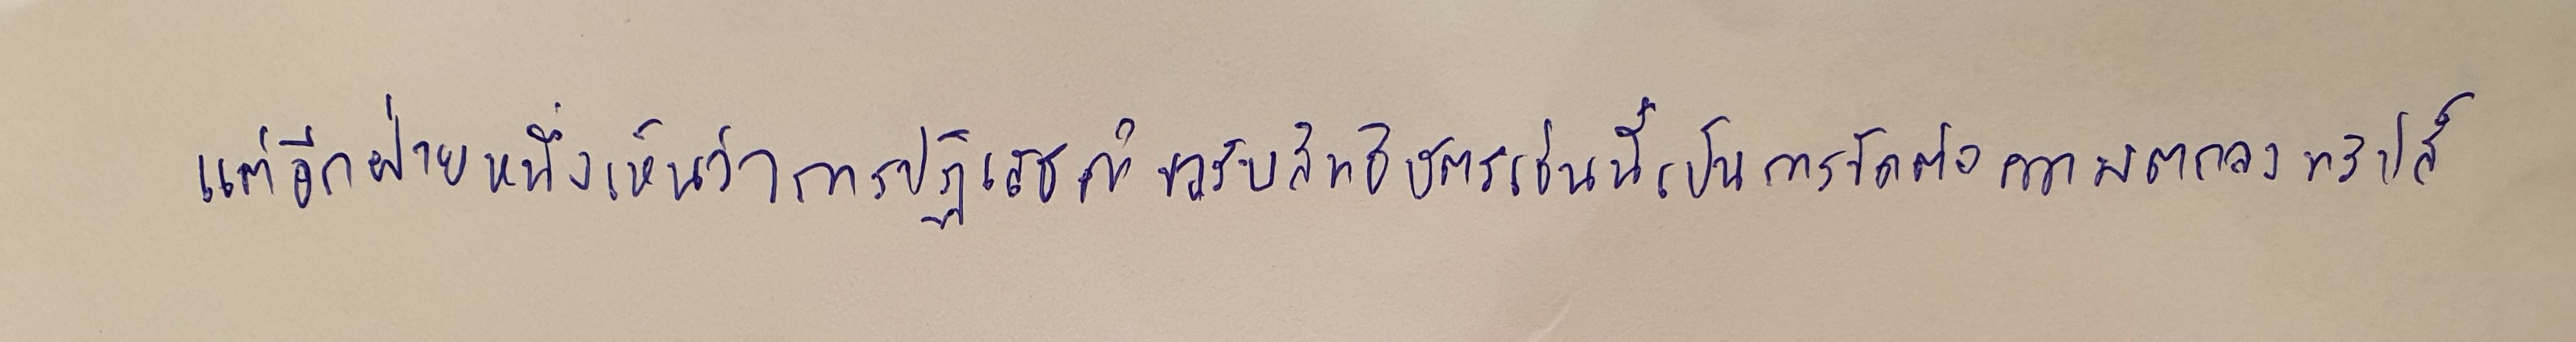
แต่อีกฝ่ายหนึ่งเห็นว่าการปฏิเสธคำขอรับสิทธิบัตรเช่นนี้เป็นการขัดต่อความตกลงทริปส์